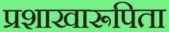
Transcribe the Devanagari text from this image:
प्रशाखारूपिता